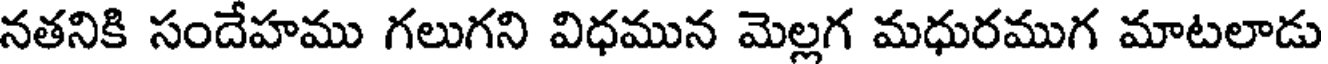
నతనికి సందేహము గలుగని విధమున మెల్లగ మధురముగ మాటలాడు